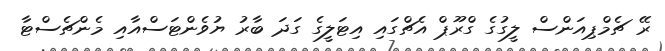
ރޭ ޗެމްޕިއަންސް ލީގުގެ ގްރޫޕް އެޗްގައި އިޓަލީގެ ގަދަ ބާރު ޔުވެންޓަސްއާއި މެންޗެސްޓާ